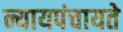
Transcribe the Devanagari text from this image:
न्यायपंचायते